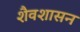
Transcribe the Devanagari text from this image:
शैवशासन